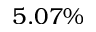
5 . 0 7 \%